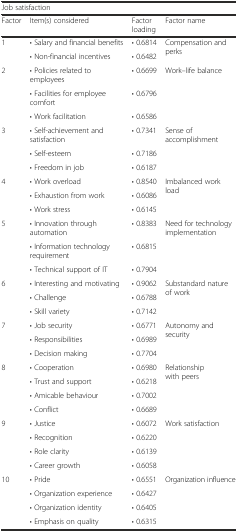
<table><thead><tr><td colspan="4"><b>Job satisfaction</b></td></tr><tr><td><b>Factor</b></td><td><b>Item(s) considered</b></td><td><b>Factor loading</b></td><td><b>Factor name</b></td></tr></thead><tbody><tr><td rowspan="2">1</td><td>• Salary and financial benefits</td><td>• 0.6814</td><td rowspan="2">Compensation and perks</td></tr><tr><td>• Non-financial incentives</td><td>• 0.6482</td></tr><tr><td rowspan="3">2</td><td>• Policies related to employees</td><td>• 0.6699</td><td rowspan="3">Work–life balance</td></tr><tr><td>• Facilities for employee comfort</td><td>• 0.6796</td></tr><tr><td>• Work facilitation</td><td>• 0.6586</td></tr><tr><td rowspan="3">3</td><td>• Self-achievement and satisfaction</td><td>• 0.7341</td><td rowspan="3">Sense of accomplishment</td></tr><tr><td>• Self-esteem</td><td>• 0.7186</td></tr><tr><td>• Freedom in job</td><td>• 0.6187</td></tr><tr><td rowspan="3">4</td><td>• Work overload</td><td>• 0.8540</td><td rowspan="3">Imbalanced work load</td></tr><tr><td>• Exhaustion from work</td><td>• 0.6086</td></tr><tr><td>• Work stress</td><td>• 0.6145</td></tr><tr><td rowspan="3">5</td><td>• Innovation through automation</td><td>• 0.8383</td><td rowspan="3">Need for technology implementation</td></tr><tr><td>• Information technology requirement</td><td>• 0.6815</td></tr><tr><td>• Technical support of IT</td><td>• 0.7904</td></tr><tr><td rowspan="3">6</td><td>• Interesting and motivating</td><td>• 0.9062</td><td rowspan="3">Substandard nature of work</td></tr><tr><td>• Challenge</td><td>• 0.6788</td></tr><tr><td>• Skill variety</td><td>• 0.7142</td></tr><tr><td rowspan="3">7</td><td>• Job security</td><td>• 0.6771</td><td rowspan="3">Autonomy and security</td></tr><tr><td>• Responsibilities</td><td>• 0.6989</td></tr><tr><td>• Decision making</td><td>• 0.7704</td></tr><tr><td rowspan="4">8</td><td>• Cooperation</td><td>• 0.6980</td><td rowspan="4">Relationship with peers</td></tr><tr><td>• Trust and support</td><td>• 0.6218</td></tr><tr><td>• Amicable behaviour</td><td>• 0.7002</td></tr><tr><td>• Conflict</td><td>• 0.6689</td></tr><tr><td rowspan="4">9</td><td>• Justice</td><td>• 0.6072</td><td rowspan="4">Work satisfaction</td></tr><tr><td>• Recognition</td><td>• 0.6220</td></tr><tr><td>• Role clarity</td><td>• 0.6139</td></tr><tr><td>• Career growth</td><td>• 0.6058</td></tr><tr><td rowspan="4">10</td><td>• Pride</td><td>• 0.6551</td><td rowspan="4">Organization influence</td></tr><tr><td>• Organization experience</td><td>• 0.6427</td></tr><tr><td>• Organization identity</td><td>• 0.6405</td></tr><tr><td>• Emphasis on quality</td><td>• 0.6315</td></tr></tbody></table>